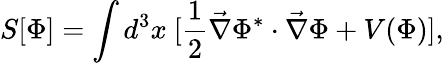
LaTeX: S[\Phi]=\int d^{3}x\ [\frac{1}{2}\vec{\nabla}\Phi^{*}\cdot\vec{\nabla}\Phi+V(\Phi)],